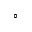
^ { \circ }